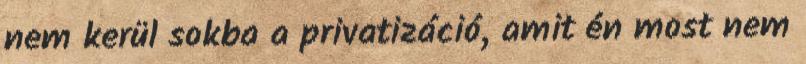
nem kerül sokba a privatizáció, amit én most nem